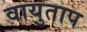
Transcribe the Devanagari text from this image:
वायुताप